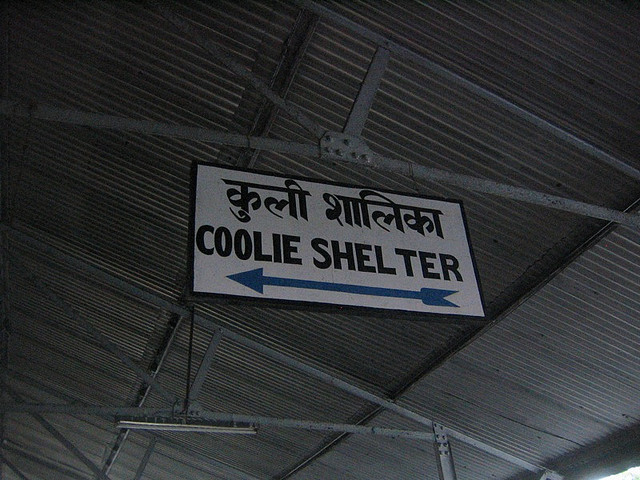
Language: hindi
Transcription: शालिका कुली